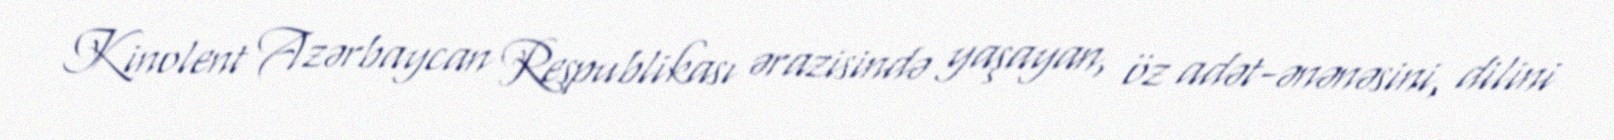
Kinolent Azərbaycan Respublikası ərazisində yaşayan, öz adət-ənənəsini, dilini